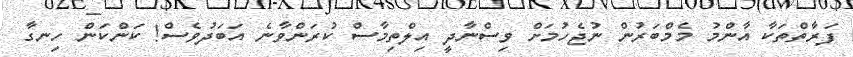
ފަރާތްތަކާ އާންމު މެމްބަރުން ނުޖެހުމަށް ވިސްނާދީ އިލްތިމާސް ކުރަންވާނެ އަބަދުވެސް! ކަންކަން ހިނގާ